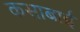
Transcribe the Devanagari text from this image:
कसाबाई